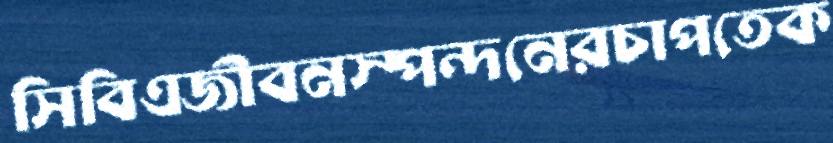
সিবিএজীবনস্পন্দনেরচাপতেক